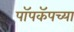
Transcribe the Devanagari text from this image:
पॉपकॅपच्या